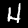
Label: 4